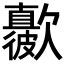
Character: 𣤳